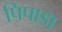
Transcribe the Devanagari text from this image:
पिपाडा